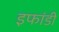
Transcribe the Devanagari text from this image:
इफांडी